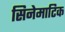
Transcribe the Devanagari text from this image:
सिनेमाटिक